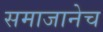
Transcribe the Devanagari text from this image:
समाजानेच